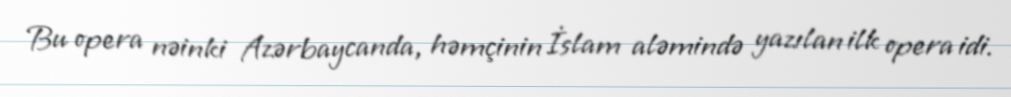
Bu opera nəinki Azərbaycanda, həmçinin İslam aləmində yazılan ilk opera idi.